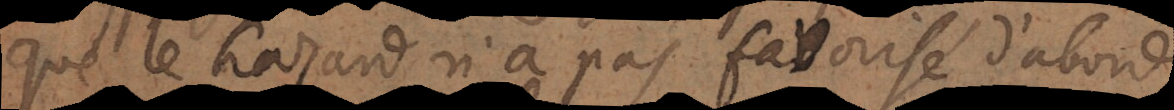
que le hazard n’a pas favorisé d’abord